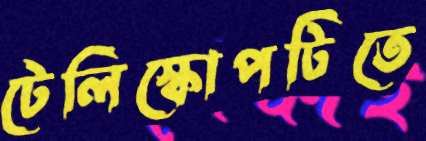
টেলিস্কোপটিতে